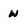
Character: W